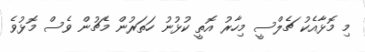
މި މޮޅާއެކު ޗެލްސީ މިހާރު އޮތީ ކުޅުނު ހަތަރުން މެޗުން ވެސް މޮޅުވެ